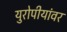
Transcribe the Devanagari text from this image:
युरोपीयांवर